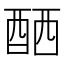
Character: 𨠴